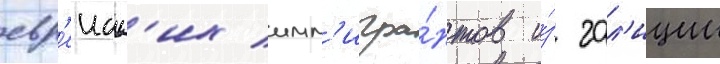
евр'еиск'их имм'игра́нтов и́з гал'иции